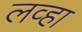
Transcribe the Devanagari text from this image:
लव्हा